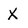
Character: X